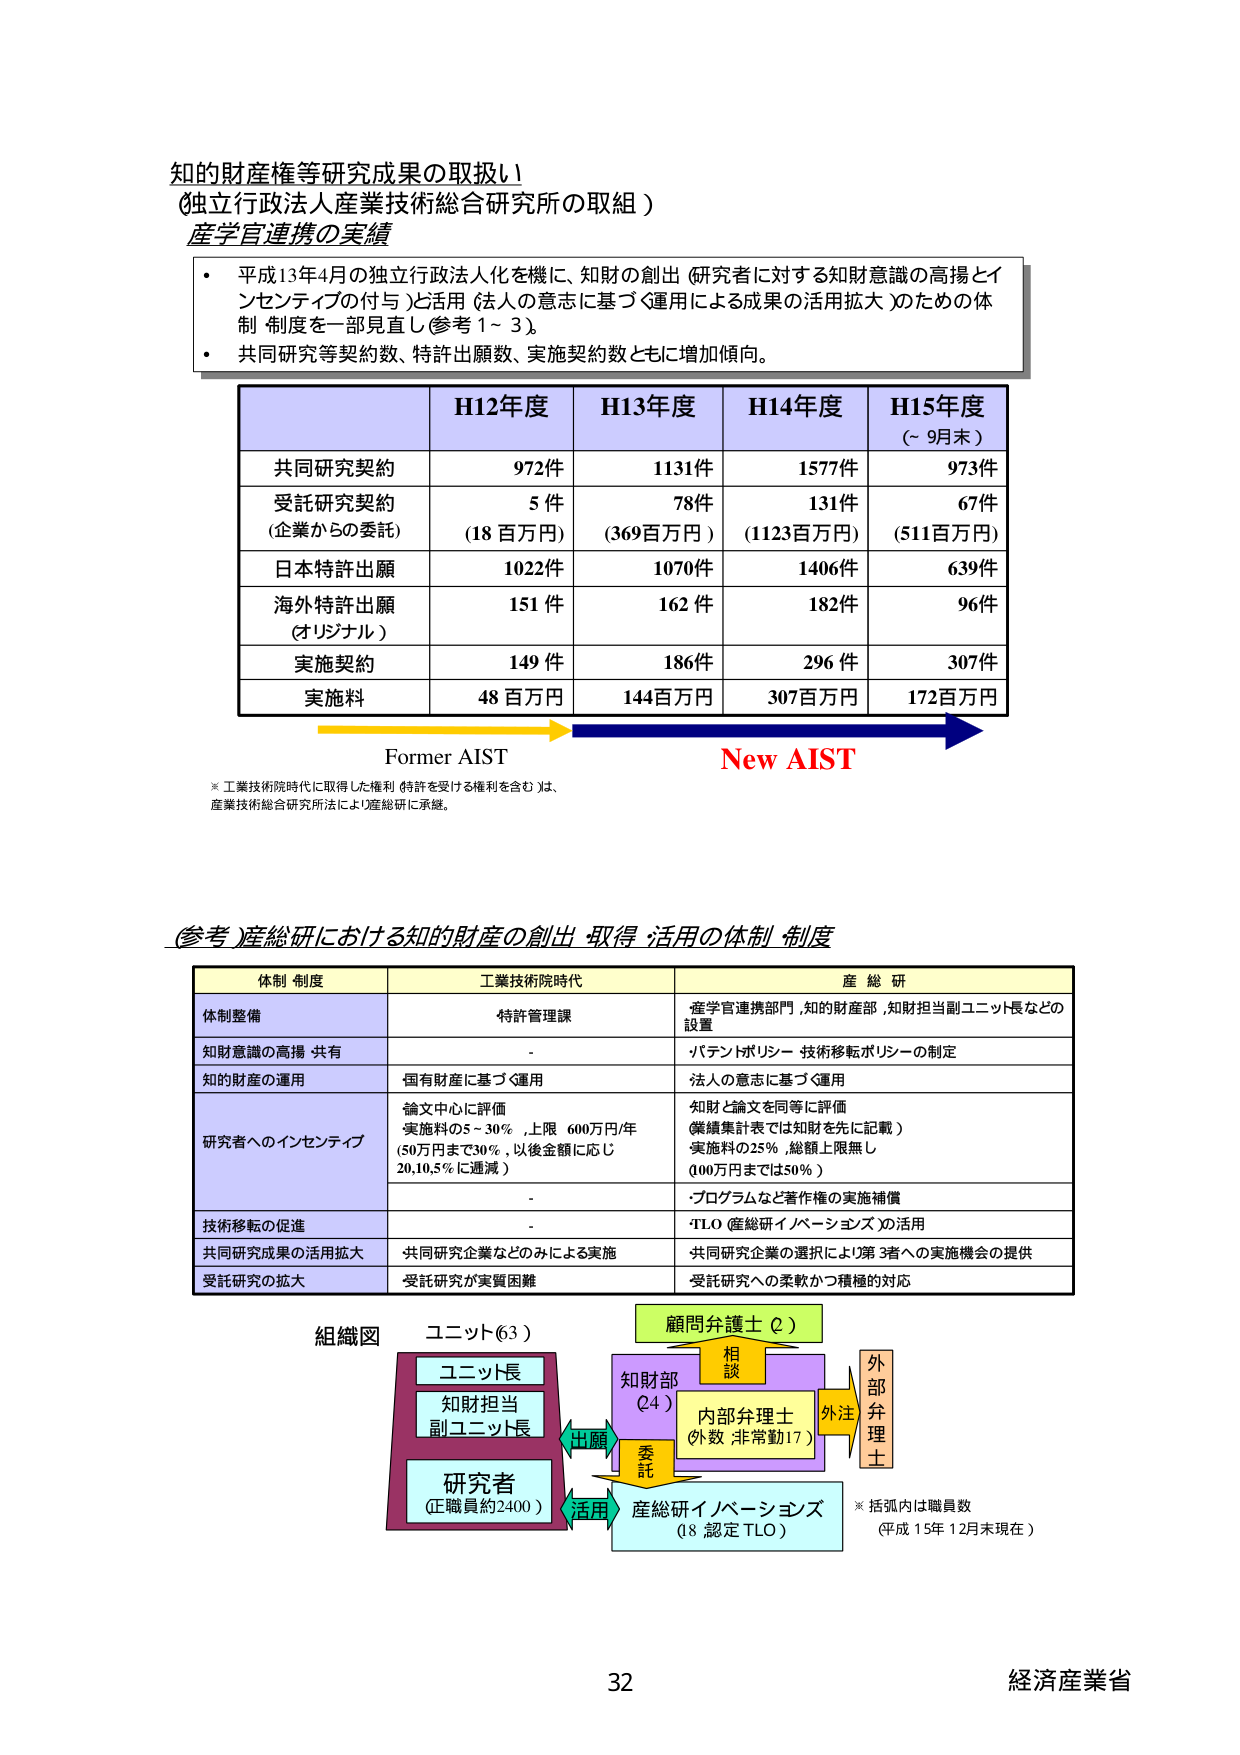
知的財産権等研究成果の取扱い
(独立行政法人産業技術総合研究所の取組)
産学官連携の実績

・ 平成13年4月の独立行政法人化を機に、知財の創出（研究者に対する知財意識の高揚とインセンティブの付与）と活用（法人の意志に基づく運用による成果の活用拡大）のための体制・制度を一部見直し（参考1～3）。
・ 共同研究等契約数、特許出願数、実施契約数ともに増加傾向。

H12年度　H13年度　H14年度　H15年度
(～9月末)

共同研究契約　　　972件　　1131件　　1577件　　973件
受託研究契約　　　5件　　　78件　　　131件　　　67件
(企業からの委託)　(18百万円)　(369百万円)　(1123百万円)　(511百万円)
日本特許出願　　　1022件　　1070件　　1406件　　639件
海外特許出願　　　151件　　　162件　　　182件　　　96件
(オリジナル)
実施契約　　　　　149件　　　186件　　　296件　　　307件
実施料　　　　　　48百万円　　144百万円　　307百万円　　172百万円

Former AIST